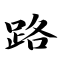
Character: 路